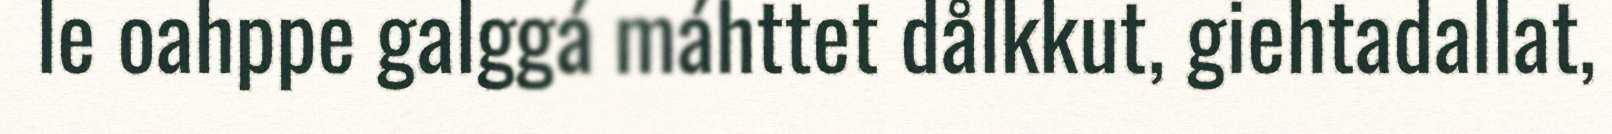
le oahppe galggá máhttet dålkkut, giehtadallat,